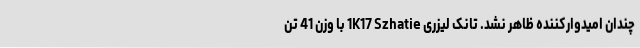
چندان امیدوارکننده ظاهر نشد. تانک لیزری 1K17 Szhatie با وزن 41 تن